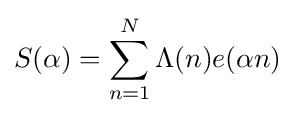
S(\alpha )=\sum _{n=1}^{N}\Lambda (n)e(\alpha n)